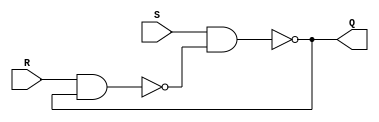

module Latch(	
		input S,
		input R,
		output Q
	);
	
	wire tmpQ, tmpQp;
    
    nand(tmpQ, S, tmpQp);
    nand(tmpQp, R, tmpQ);
    
    assign Q = tmpQ;

	

endmodule